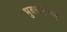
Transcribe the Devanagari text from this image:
भुक्खड़पन